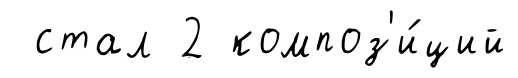
стал 2 композ'и́ций